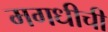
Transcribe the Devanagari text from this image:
मगधीची